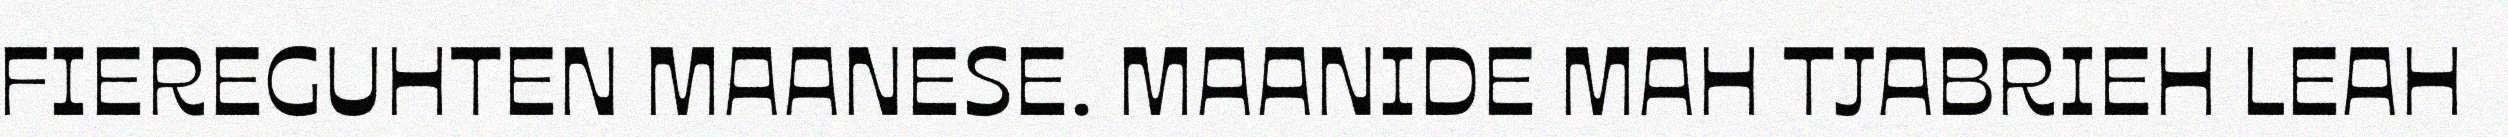
FIEREGUHTEN MAANESE. MAANIDE MAH TJABRIEH LEAH